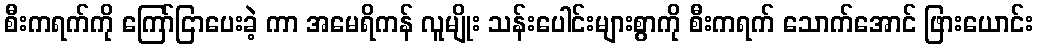
စီးကရက်ကို ကြော်ငြာပေးခဲ့ ကာ အမေရိကန် လူမျိုး သန်းပေါင်းများစွာကို စီးကရက် သောက်အောင် ဖြားယောင်း